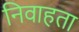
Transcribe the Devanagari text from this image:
निवाहता